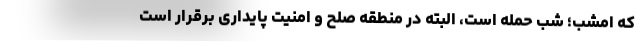
که امشب؛ شب حمله است، البته در منطقه صلح و امنیت پایداری برقرار است